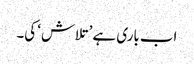
اب باری ہے ’تلاش‘ کی۔